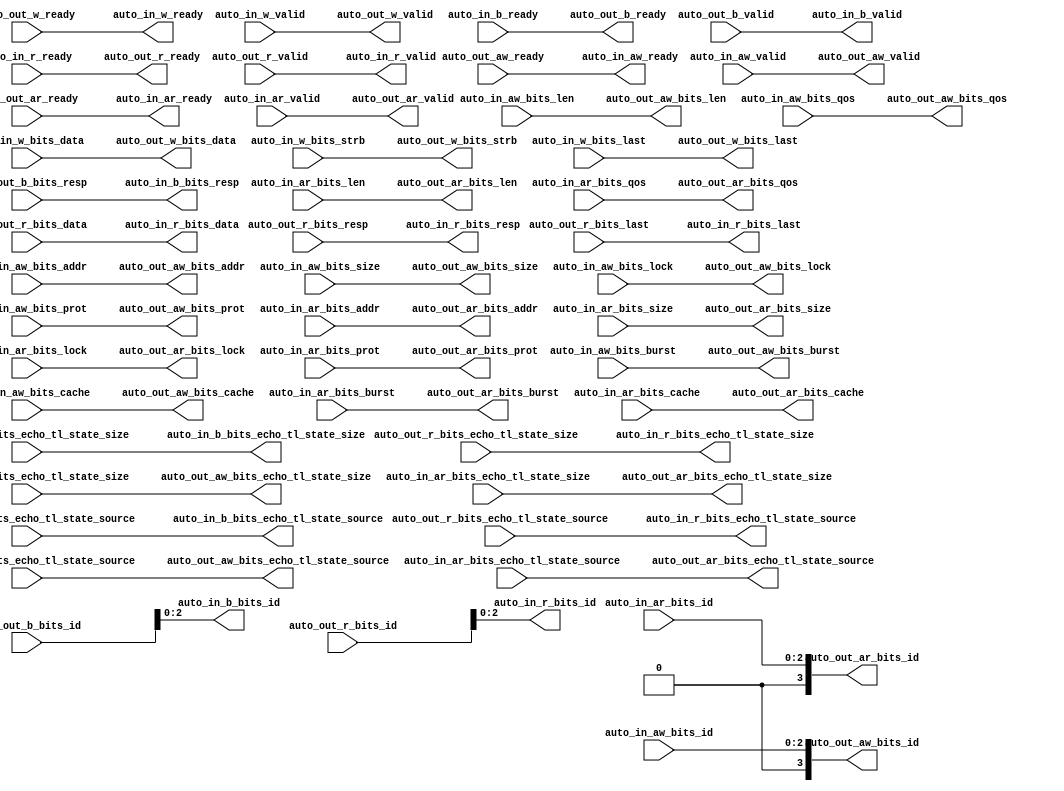
module AXI4IdIndexer(
  output        auto_in_aw_ready,
  input         auto_in_aw_valid,
  input  [2:0]  auto_in_aw_bits_id,
  input  [30:0] auto_in_aw_bits_addr,
  input  [7:0]  auto_in_aw_bits_len,
  input  [2:0]  auto_in_aw_bits_size,
  input  [1:0]  auto_in_aw_bits_burst,
  input         auto_in_aw_bits_lock,
  input  [3:0]  auto_in_aw_bits_cache,
  input  [2:0]  auto_in_aw_bits_prot,
  input  [3:0]  auto_in_aw_bits_qos,
  input  [3:0]  auto_in_aw_bits_echo_tl_state_size,
  input  [4:0]  auto_in_aw_bits_echo_tl_state_source,
  output        auto_in_w_ready,
  input         auto_in_w_valid,
  input  [63:0] auto_in_w_bits_data,
  input  [7:0]  auto_in_w_bits_strb,
  input         auto_in_w_bits_last,
  input         auto_in_b_ready,
  output        auto_in_b_valid,
  output [2:0]  auto_in_b_bits_id,
  output [1:0]  auto_in_b_bits_resp,
  output [3:0]  auto_in_b_bits_echo_tl_state_size,
  output [4:0]  auto_in_b_bits_echo_tl_state_source,
  output        auto_in_ar_ready,
  input         auto_in_ar_valid,
  input  [2:0]  auto_in_ar_bits_id,
  input  [30:0] auto_in_ar_bits_addr,
  input  [7:0]  auto_in_ar_bits_len,
  input  [2:0]  auto_in_ar_bits_size,
  input  [1:0]  auto_in_ar_bits_burst,
  input         auto_in_ar_bits_lock,
  input  [3:0]  auto_in_ar_bits_cache,
  input  [2:0]  auto_in_ar_bits_prot,
  input  [3:0]  auto_in_ar_bits_qos,
  input  [3:0]  auto_in_ar_bits_echo_tl_state_size,
  input  [4:0]  auto_in_ar_bits_echo_tl_state_source,
  input         auto_in_r_ready,
  output        auto_in_r_valid,
  output [2:0]  auto_in_r_bits_id,
  output [63:0] auto_in_r_bits_data,
  output [1:0]  auto_in_r_bits_resp,
  output [3:0]  auto_in_r_bits_echo_tl_state_size,
  output [4:0]  auto_in_r_bits_echo_tl_state_source,
  output        auto_in_r_bits_last,
  input         auto_out_aw_ready,
  output        auto_out_aw_valid,
  output [3:0]  auto_out_aw_bits_id,
  output [30:0] auto_out_aw_bits_addr,
  output [7:0]  auto_out_aw_bits_len,
  output [2:0]  auto_out_aw_bits_size,
  output [1:0]  auto_out_aw_bits_burst,
  output        auto_out_aw_bits_lock,
  output [3:0]  auto_out_aw_bits_cache,
  output [2:0]  auto_out_aw_bits_prot,
  output [3:0]  auto_out_aw_bits_qos,
  output [3:0]  auto_out_aw_bits_echo_tl_state_size,
  output [4:0]  auto_out_aw_bits_echo_tl_state_source,
  input         auto_out_w_ready,
  output        auto_out_w_valid,
  output [63:0] auto_out_w_bits_data,
  output [7:0]  auto_out_w_bits_strb,
  output        auto_out_w_bits_last,
  output        auto_out_b_ready,
  input         auto_out_b_valid,
  input  [3:0]  auto_out_b_bits_id,
  input  [1:0]  auto_out_b_bits_resp,
  input  [3:0]  auto_out_b_bits_echo_tl_state_size,
  input  [4:0]  auto_out_b_bits_echo_tl_state_source,
  input         auto_out_ar_ready,
  output        auto_out_ar_valid,
  output [3:0]  auto_out_ar_bits_id,
  output [30:0] auto_out_ar_bits_addr,
  output [7:0]  auto_out_ar_bits_len,
  output [2:0]  auto_out_ar_bits_size,
  output [1:0]  auto_out_ar_bits_burst,
  output        auto_out_ar_bits_lock,
  output [3:0]  auto_out_ar_bits_cache,
  output [2:0]  auto_out_ar_bits_prot,
  output [3:0]  auto_out_ar_bits_qos,
  output [3:0]  auto_out_ar_bits_echo_tl_state_size,
  output [4:0]  auto_out_ar_bits_echo_tl_state_source,
  output        auto_out_r_ready,
  input         auto_out_r_valid,
  input  [3:0]  auto_out_r_bits_id,
  input  [63:0] auto_out_r_bits_data,
  input  [1:0]  auto_out_r_bits_resp,
  input  [3:0]  auto_out_r_bits_echo_tl_state_size,
  input  [4:0]  auto_out_r_bits_echo_tl_state_source,
  input         auto_out_r_bits_last
);
  assign auto_in_aw_ready = auto_out_aw_ready; // @[Nodes.scala 1213:84 LazyModule.scala 314:12]
  assign auto_in_w_ready = auto_out_w_ready; // @[Nodes.scala 1213:84 LazyModule.scala 314:12]
  assign auto_in_b_valid = auto_out_b_valid; // @[Nodes.scala 1213:84 LazyModule.scala 314:12]
  assign auto_in_b_bits_id = auto_out_b_bits_id[2:0]; // @[Nodes.scala 1216:84 BundleMap.scala 248:19]
  assign auto_in_b_bits_resp = auto_out_b_bits_resp; // @[Nodes.scala 1213:84 LazyModule.scala 314:12]
  assign auto_in_b_bits_echo_tl_state_size = auto_out_b_bits_echo_tl_state_size; // @[Nodes.scala 1213:84 LazyModule.scala 314:12]
  assign auto_in_b_bits_echo_tl_state_source = auto_out_b_bits_echo_tl_state_source; // @[Nodes.scala 1213:84 LazyModule.scala 314:12]
  assign auto_in_ar_ready = auto_out_ar_ready; // @[Nodes.scala 1213:84 LazyModule.scala 314:12]
  assign auto_in_r_valid = auto_out_r_valid; // @[Nodes.scala 1213:84 LazyModule.scala 314:12]
  assign auto_in_r_bits_id = auto_out_r_bits_id[2:0]; // @[Nodes.scala 1216:84 BundleMap.scala 248:19]
  assign auto_in_r_bits_data = auto_out_r_bits_data; // @[Nodes.scala 1213:84 LazyModule.scala 314:12]
  assign auto_in_r_bits_resp = auto_out_r_bits_resp; // @[Nodes.scala 1213:84 LazyModule.scala 314:12]
  assign auto_in_r_bits_echo_tl_state_size = auto_out_r_bits_echo_tl_state_size; // @[Nodes.scala 1213:84 LazyModule.scala 314:12]
  assign auto_in_r_bits_echo_tl_state_source = auto_out_r_bits_echo_tl_state_source; // @[Nodes.scala 1213:84 LazyModule.scala 314:12]
  assign auto_in_r_bits_last = auto_out_r_bits_last; // @[Nodes.scala 1213:84 LazyModule.scala 314:12]
  assign auto_out_aw_valid = auto_in_aw_valid; // @[Nodes.scala 1216:84 LazyModule.scala 312:16]
  assign auto_out_aw_bits_id = {{1'd0}, auto_in_aw_bits_id}; // @[Nodes.scala 1213:84 BundleMap.scala 248:19]
  assign auto_out_aw_bits_addr = auto_in_aw_bits_addr; // @[Nodes.scala 1216:84 LazyModule.scala 312:16]
  assign auto_out_aw_bits_len = auto_in_aw_bits_len; // @[Nodes.scala 1216:84 LazyModule.scala 312:16]
  assign auto_out_aw_bits_size = auto_in_aw_bits_size; // @[Nodes.scala 1216:84 LazyModule.scala 312:16]
  assign auto_out_aw_bits_burst = auto_in_aw_bits_burst; // @[Nodes.scala 1216:84 LazyModule.scala 312:16]
  assign auto_out_aw_bits_lock = auto_in_aw_bits_lock; // @[Nodes.scala 1216:84 LazyModule.scala 312:16]
  assign auto_out_aw_bits_cache = auto_in_aw_bits_cache; // @[Nodes.scala 1216:84 LazyModule.scala 312:16]
  assign auto_out_aw_bits_prot = auto_in_aw_bits_prot; // @[Nodes.scala 1216:84 LazyModule.scala 312:16]
  assign auto_out_aw_bits_qos = auto_in_aw_bits_qos; // @[Nodes.scala 1216:84 LazyModule.scala 312:16]
  assign auto_out_aw_bits_echo_tl_state_size = auto_in_aw_bits_echo_tl_state_size; // @[Nodes.scala 1216:84 LazyModule.scala 312:16]
  assign auto_out_aw_bits_echo_tl_state_source = auto_in_aw_bits_echo_tl_state_source; // @[Nodes.scala 1216:84 LazyModule.scala 312:16]
  assign auto_out_w_valid = auto_in_w_valid; // @[Nodes.scala 1216:84 LazyModule.scala 312:16]
  assign auto_out_w_bits_data = auto_in_w_bits_data; // @[Nodes.scala 1216:84 LazyModule.scala 312:16]
  assign auto_out_w_bits_strb = auto_in_w_bits_strb; // @[Nodes.scala 1216:84 LazyModule.scala 312:16]
  assign auto_out_w_bits_last = auto_in_w_bits_last; // @[Nodes.scala 1216:84 LazyModule.scala 312:16]
  assign auto_out_b_ready = auto_in_b_ready; // @[Nodes.scala 1216:84 LazyModule.scala 312:16]
  assign auto_out_ar_valid = auto_in_ar_valid; // @[Nodes.scala 1216:84 LazyModule.scala 312:16]
  assign auto_out_ar_bits_id = {{1'd0}, auto_in_ar_bits_id}; // @[Nodes.scala 1213:84 BundleMap.scala 248:19]
  assign auto_out_ar_bits_addr = auto_in_ar_bits_addr; // @[Nodes.scala 1216:84 LazyModule.scala 312:16]
  assign auto_out_ar_bits_len = auto_in_ar_bits_len; // @[Nodes.scala 1216:84 LazyModule.scala 312:16]
  assign auto_out_ar_bits_size = auto_in_ar_bits_size; // @[Nodes.scala 1216:84 LazyModule.scala 312:16]
  assign auto_out_ar_bits_burst = auto_in_ar_bits_burst; // @[Nodes.scala 1216:84 LazyModule.scala 312:16]
  assign auto_out_ar_bits_lock = auto_in_ar_bits_lock; // @[Nodes.scala 1216:84 LazyModule.scala 312:16]
  assign auto_out_ar_bits_cache = auto_in_ar_bits_cache; // @[Nodes.scala 1216:84 LazyModule.scala 312:16]
  assign auto_out_ar_bits_prot = auto_in_ar_bits_prot; // @[Nodes.scala 1216:84 LazyModule.scala 312:16]
  assign auto_out_ar_bits_qos = auto_in_ar_bits_qos; // @[Nodes.scala 1216:84 LazyModule.scala 312:16]
  assign auto_out_ar_bits_echo_tl_state_size = auto_in_ar_bits_echo_tl_state_size; // @[Nodes.scala 1216:84 LazyModule.scala 312:16]
  assign auto_out_ar_bits_echo_tl_state_source = auto_in_ar_bits_echo_tl_state_source; // @[Nodes.scala 1216:84 LazyModule.scala 312:16]
  assign auto_out_r_ready = auto_in_r_ready; // @[Nodes.scala 1216:84 LazyModule.scala 312:16]
endmodule